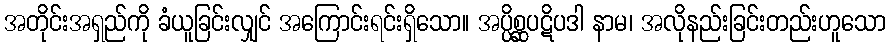
အတိုင်းအရှည်ကို ခံယူခြင်းလျှင် အကြောင်းရင်းရှိသော။ အပ္ပိစ္ဆပဋိပဒါ နာမ၊ အလိုနည်းခြင်းတည်းဟူသော